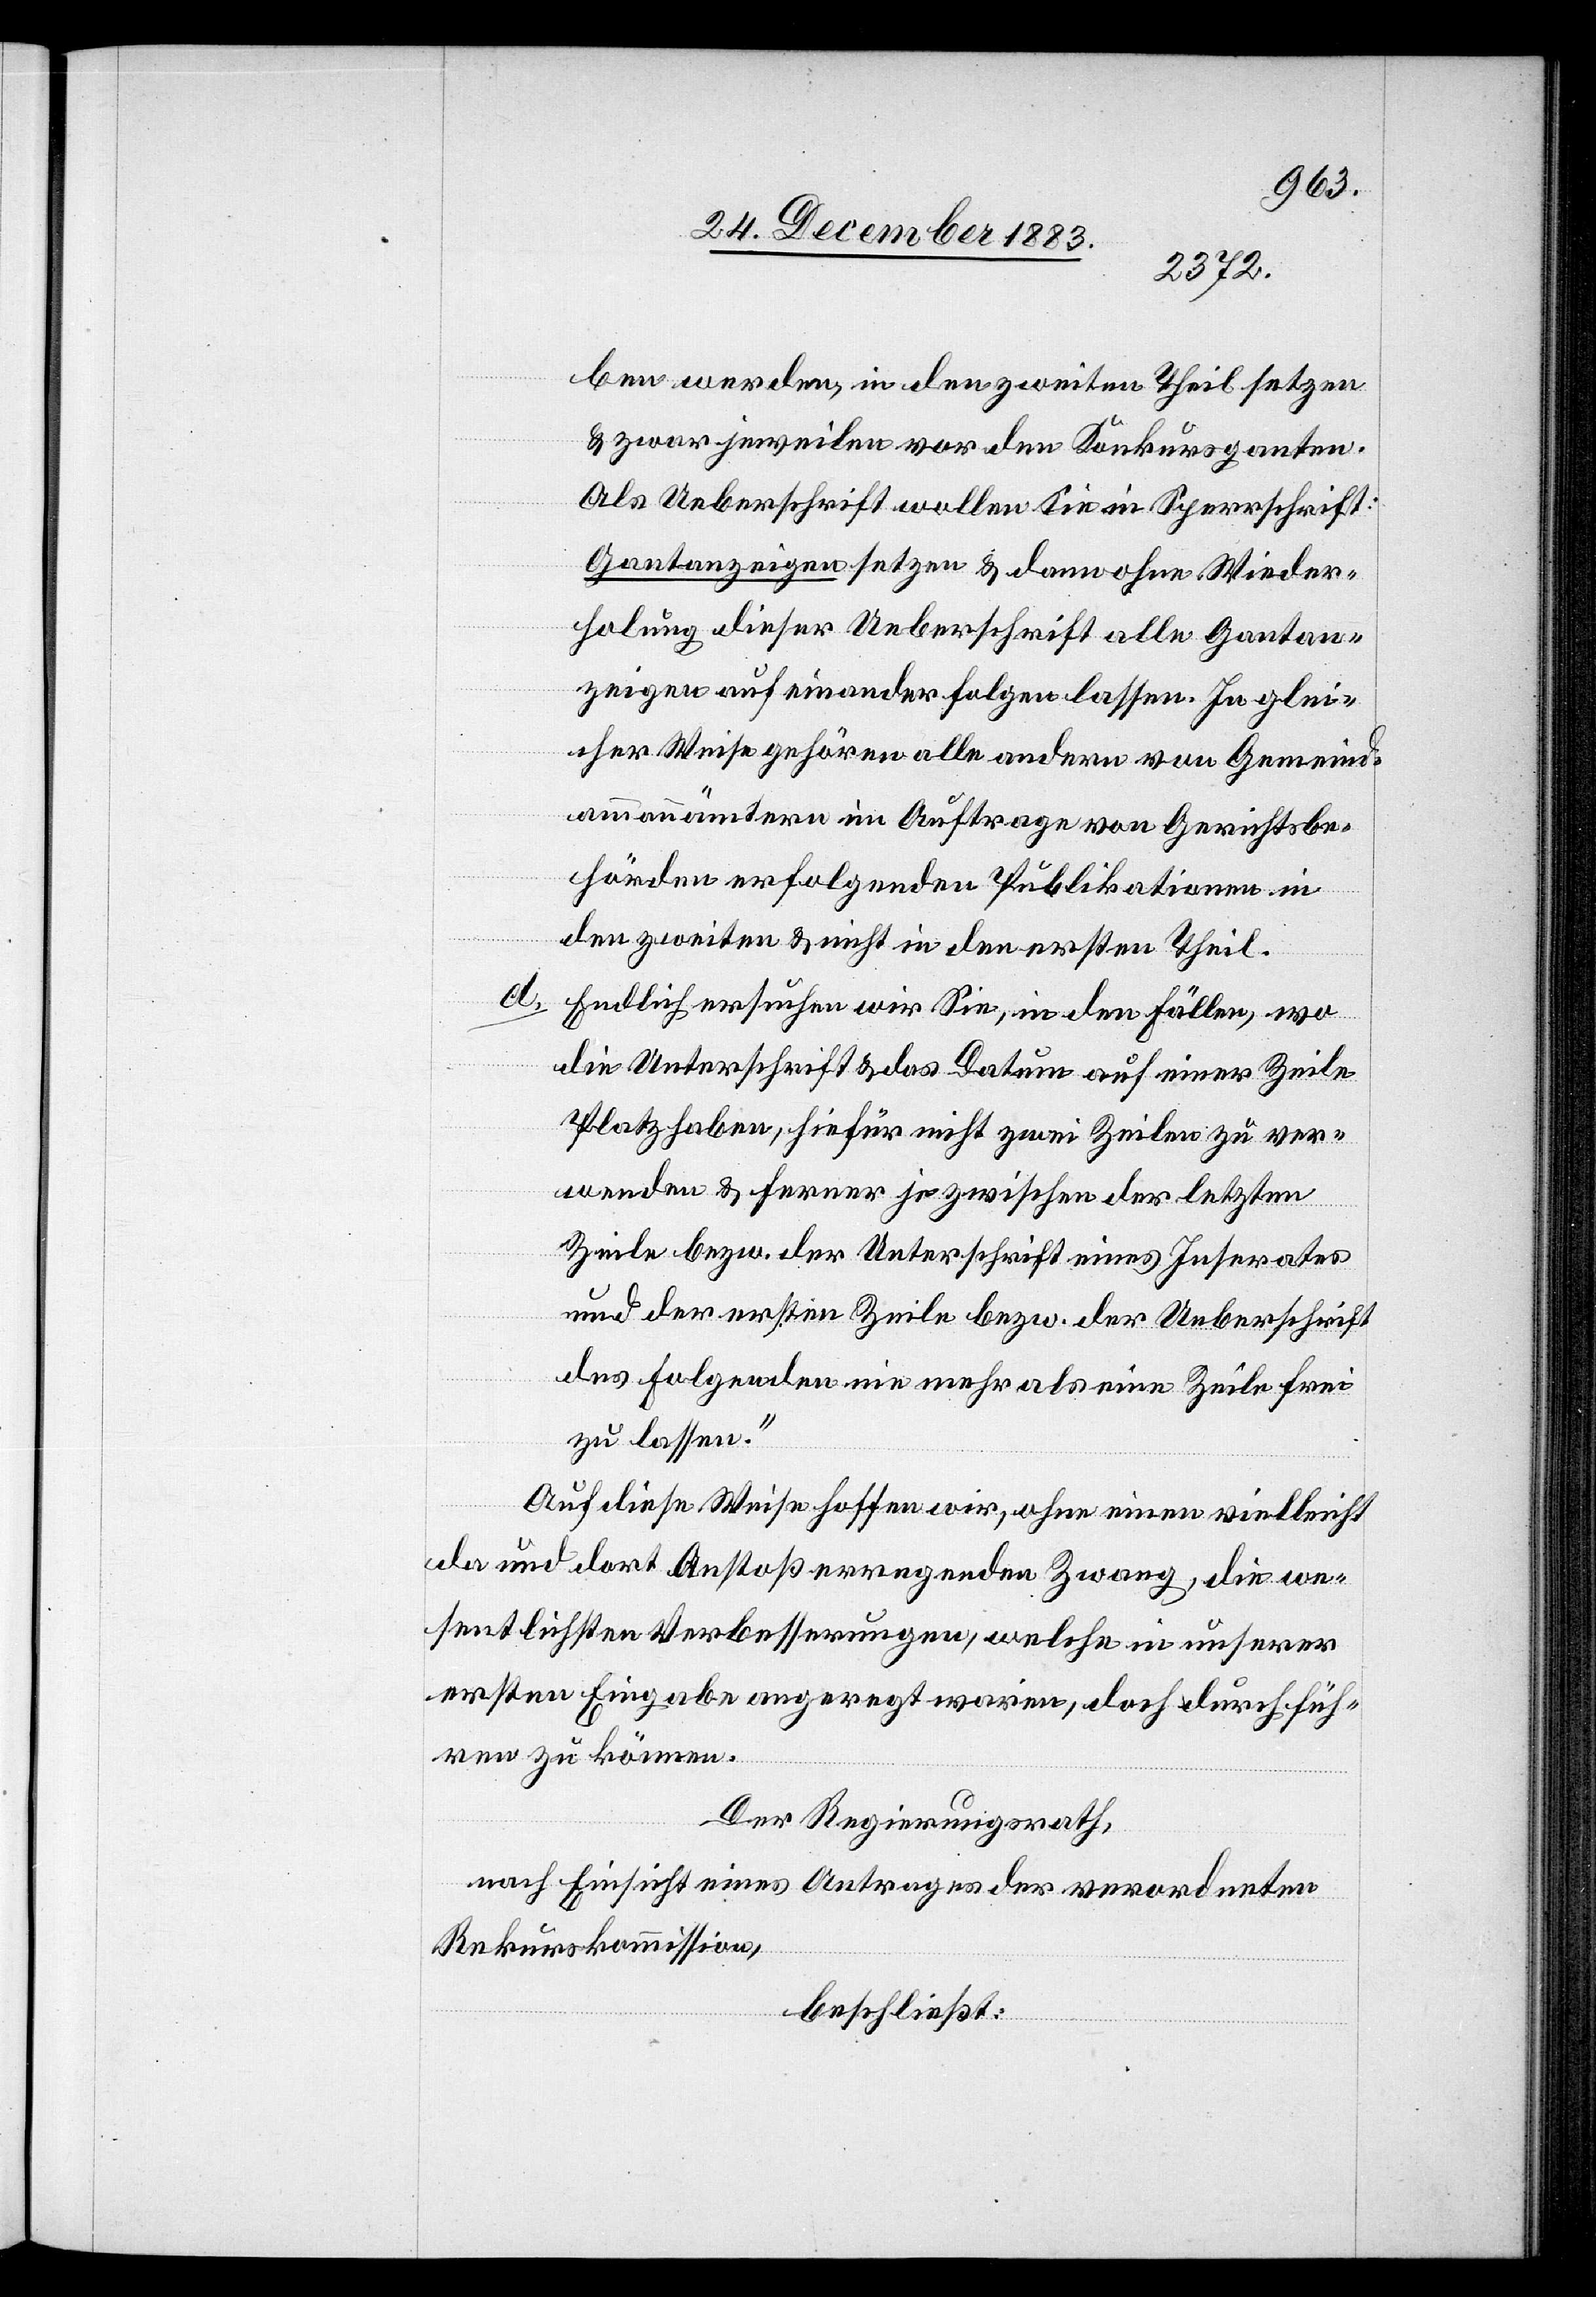
ben werden, in den zweiten Theil setzen
& zwar jeweilen vor den Konkursganten.
Als Ueberschrift wollen Sie in Sperrschrift:
Gantanzeigen setzen & dann ohne Wieder¬
holung dieser Ueberschrift alle Gantan¬
zeigen aufeinander folgen lasse. In glei¬
cher Weise gehören alle andern von Gemeind¬
ammannämtern im Auftrage von Gerichtsbe¬
hörden erfolgenden Publikationen in
den zweiten & nicht in den ersten Theil.
d. Endlich ersuchen wir Sie, in den Fällen, wo
die Unterschrift & das Datum auf einer Zeile
Platz haben, hiefür nicht zwei Zeilen zu ver¬
wenden & ferner je zwischen der letzten
Zeile bezw. der Unterschrift eines Inserates
und der ersten Zeile bezw. der Ueberschrift
des folgenden nie mehr als eine Zeile frei
zu lassen.“
Auf diese Weise hoffen wir, ohne einen vielleicht
da und dort Anstoß erregenden Zwang, die we¬
sentlichsten Verbesserungen, welche in unserer
ersten Eingabe angeregt waren, doch durchfüh¬
ren zu können.
Der Regierungsrath,
nach Einsicht eines Antrages der verordneten
Rekurskommission,
beschließt: